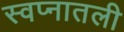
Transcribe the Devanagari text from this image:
स्वप्नातली